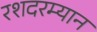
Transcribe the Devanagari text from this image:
रशदरम्यान